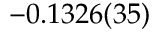
- 0 . 1 3 2 6 ( 3 5 )